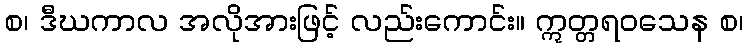
စ၊ ဒီဃကာလ အလိုအားဖြင့် လည်းကောင်း။ ဣတ္တရဝသေန စ၊